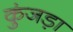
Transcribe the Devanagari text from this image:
कुंजड़ा